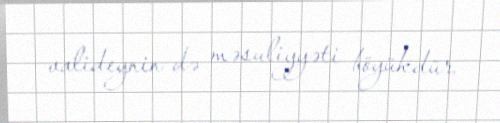
valideynin də məsuliyyəti böyükdür.